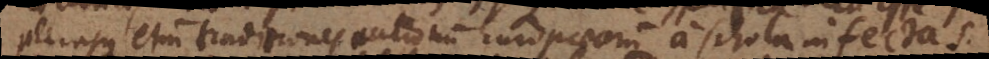
plerasque etiam traditiones autorum Europaeorum a schola infectas.